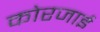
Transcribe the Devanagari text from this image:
कोरजाई